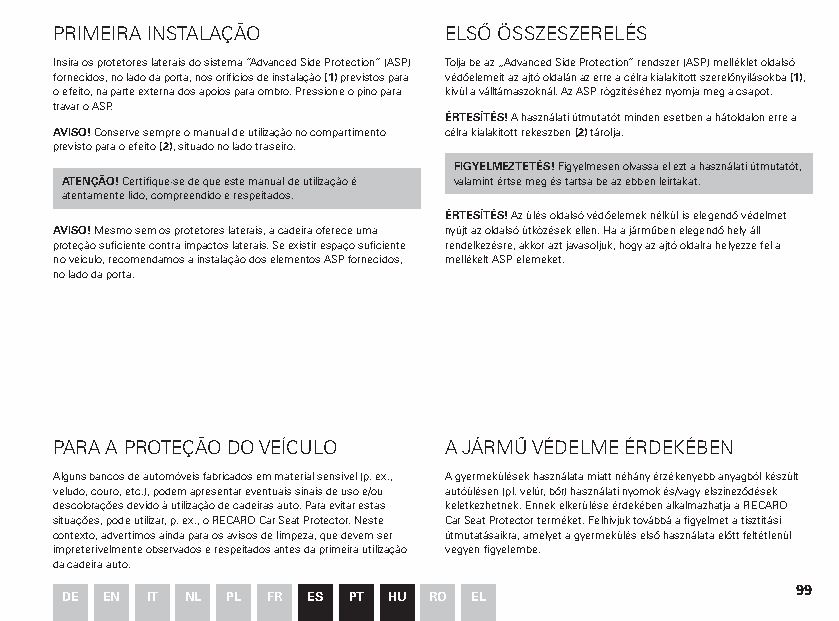
PRIMEIRA INSTALAÇÃO      ELSŐ ÖSSZESZERELÉS
 Insira os protetores laterais do sistema “Advanced Side Protection” (ASP) Tolja be az „Advanced Side Protection” rendszer (ASP) melléklet oldalsó
 fornecidos, no lado da porta, nos orifícios de instalação (1) previstos para védőelemeit az ajtó oldalán az erre a célra kialakított szerelőnyílásokba (1),
 o efeito, na parte externa dos apoios para ombro. Pressione o pino para kívül a válltámaszoknál. Az ASP rögzítéséhez nyomja meg a csapot.
 travar o ASP.
 ÉRTESÍTÉS! A használati útmutatót minden esetben a hátoldalon erre a
 AVISO! Conserve sempre o manual de utilização no compartimento célra kialakított rekeszben (2) tárolja.
 previsto para o efeito (2), situado no lado traseiro.
 FIGYELMEZTETÉS! Figyelmesen olvassa el ezt a használati útmutatót,
 ATENÇÃO! Certifique-se de que este manual de utilização é valamint értse meg és tartsa be az ebben leírtakat.
 atentamente lido, compreendido e respeitados.
 ÉRTESÍTÉS! Az ülés oldalsó védőelemek nélkül is elegendő védelmet
 AVISO! Mesmo sem os protetores laterais, a cadeira oferece uma nyújt az oldalsó ütközések ellen. Ha a járműben elegendő hely áll
 proteção suficiente contra impactos laterais. Se existir espaço suficiente rendelkezésre, akkor azt javasoljuk, hogy az ajtó oldalra helyezze fel a
 no veículo, recomendamos a instalação dos elementos ASP fornecidos, mellékelt ASP elemeket.
 no lado da porta.
 PARA A PROTEÇÃO DO VEÍCULO A JÁRMŰ VÉDELME ÉRDEKÉBEN
 Alguns bancos de automóveis fabricados em material sensível (p. ex., A gyermekülések használata miatt néhány érzékenyebb anyagból készült
 veludo, couro, etc.), podem apresentar eventuais sinais de uso e/ou autóülésen (pl. velúr, bőr) használati nyomok és/vagy elszíneződések
 descolorações devido à utilização de cadeiras auto. Para evitar estas keletkezhetnek. Ennek elkerülése érdekében alkalmazhatja a RECARO
 situações, pode utilizar, p. ex., o RECARO Car Seat Protector. Neste Car Seat Protector terméket. Felhívjuk továbbá a figyelmet a tisztítási
 contexto, advertimos ainda para os avisos de limpeza, que devem ser útmutatásaikra, amelyet a gyermekülés első használata előtt feltétlenül
 impreterivelmente observados e respeitados antes da primeira utilização vegyen figyelembe.
 da cadeira auto.
 99
 DE EN IT NL PL FR ES PT HU RO EL